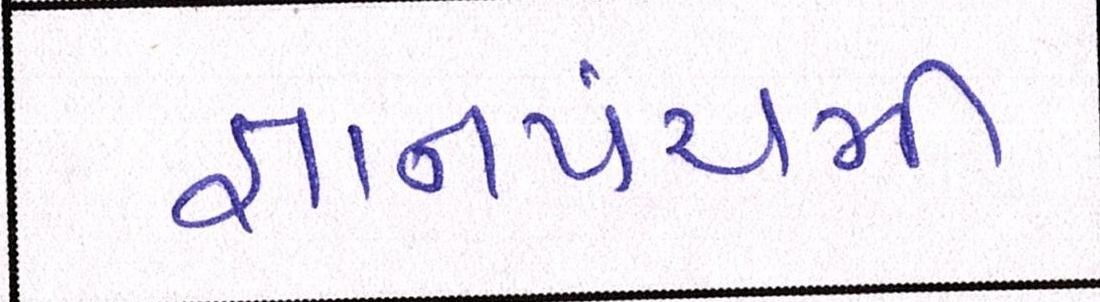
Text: જ્ઞાનપંચમી